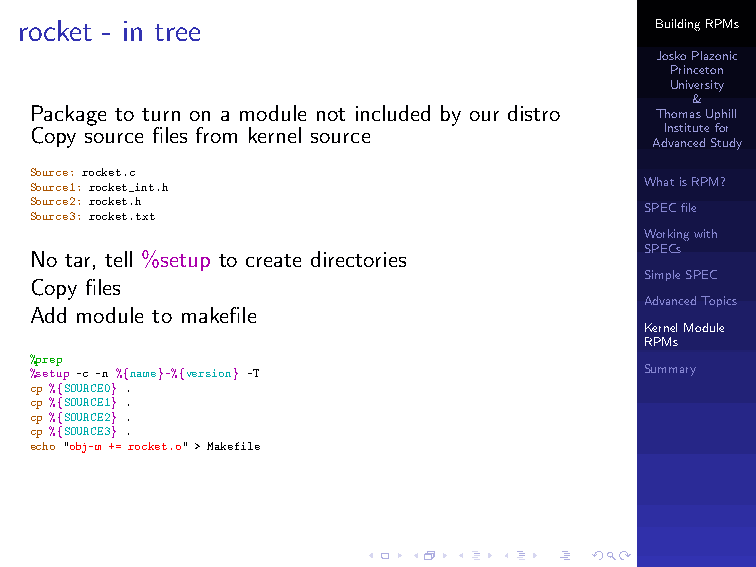
rocket - in tree                          BuildingRPMs
 JoskoPlazonic
 Princeton
 University
 &
 Package to turn on a module not included by our distro ThomasUphill
 Copy source files from kernel source      Institutefor
 AdvancedStudy
 Source: rocket.c
 Source1: rocket_int.h                    WhatisRPM?
 Source2: rocket.h
 SPECfile
 Source3: rocket.txt
 Workingwith
 No tar, tell %setup to create directories SPECs
 SimpleSPEC
 Copy files
 AdvancedTopics
 Add module to makefile
 KernelModule
 RPMs
 %prep
 %setup -c -n %{name}-%{version} -T       Summary
 cp %{SOURCE0} .
 cp %{SOURCE1} .
 cp %{SOURCE2} .
 cp %{SOURCE3} .
 echo "obj-m += rocket.o" > Makefile